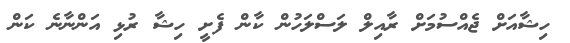
ހިޝާއަށް ޖެއްސުމަށް ރާއިލް ލަސްލަހުން ކާން ފެށީ ހިޝާ ރުޅި އަންނާނެ ކަން